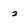
Character: 2